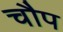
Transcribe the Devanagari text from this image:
चौप